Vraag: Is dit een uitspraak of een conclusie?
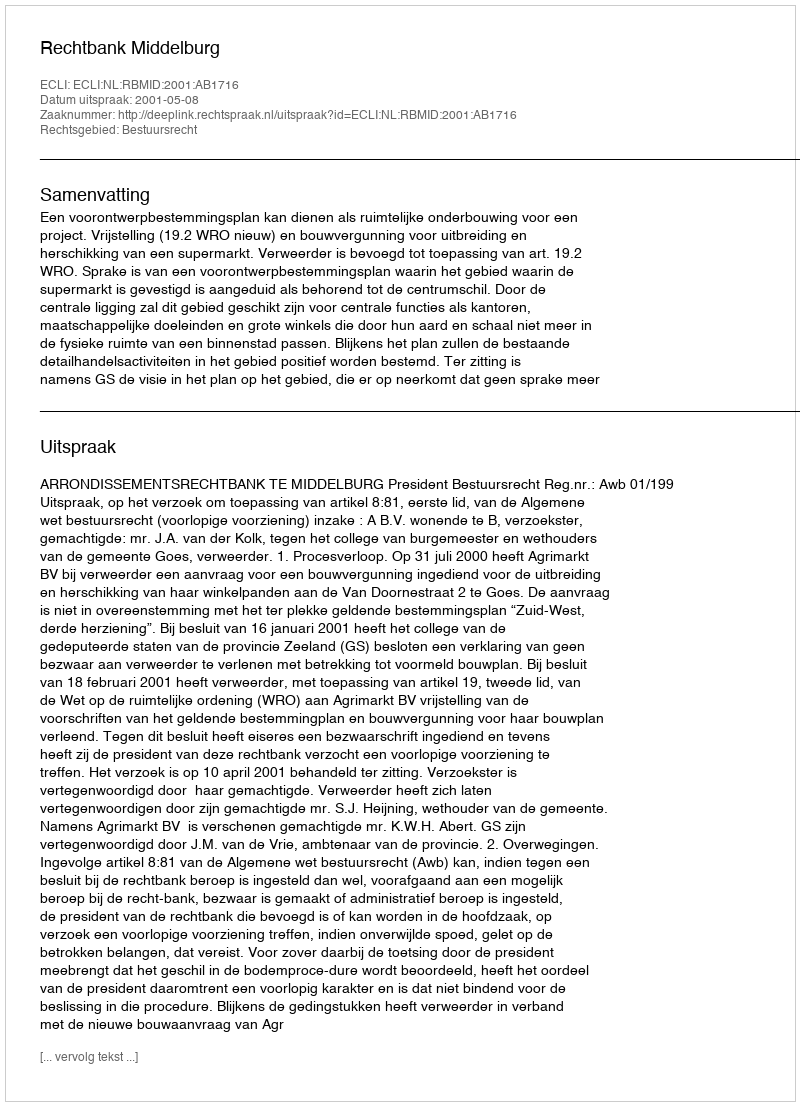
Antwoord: Uitspraak